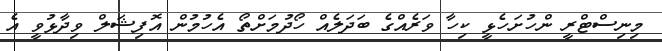
މިނިސްޓްރީ ންހުށަހެޅީ ކިހާ ވަރެއްގެ ބަދަލެއް ހޯދުމަށްތޯ އެހުމުން އޮފިޝަލް ވިދާޅުވީ އެ